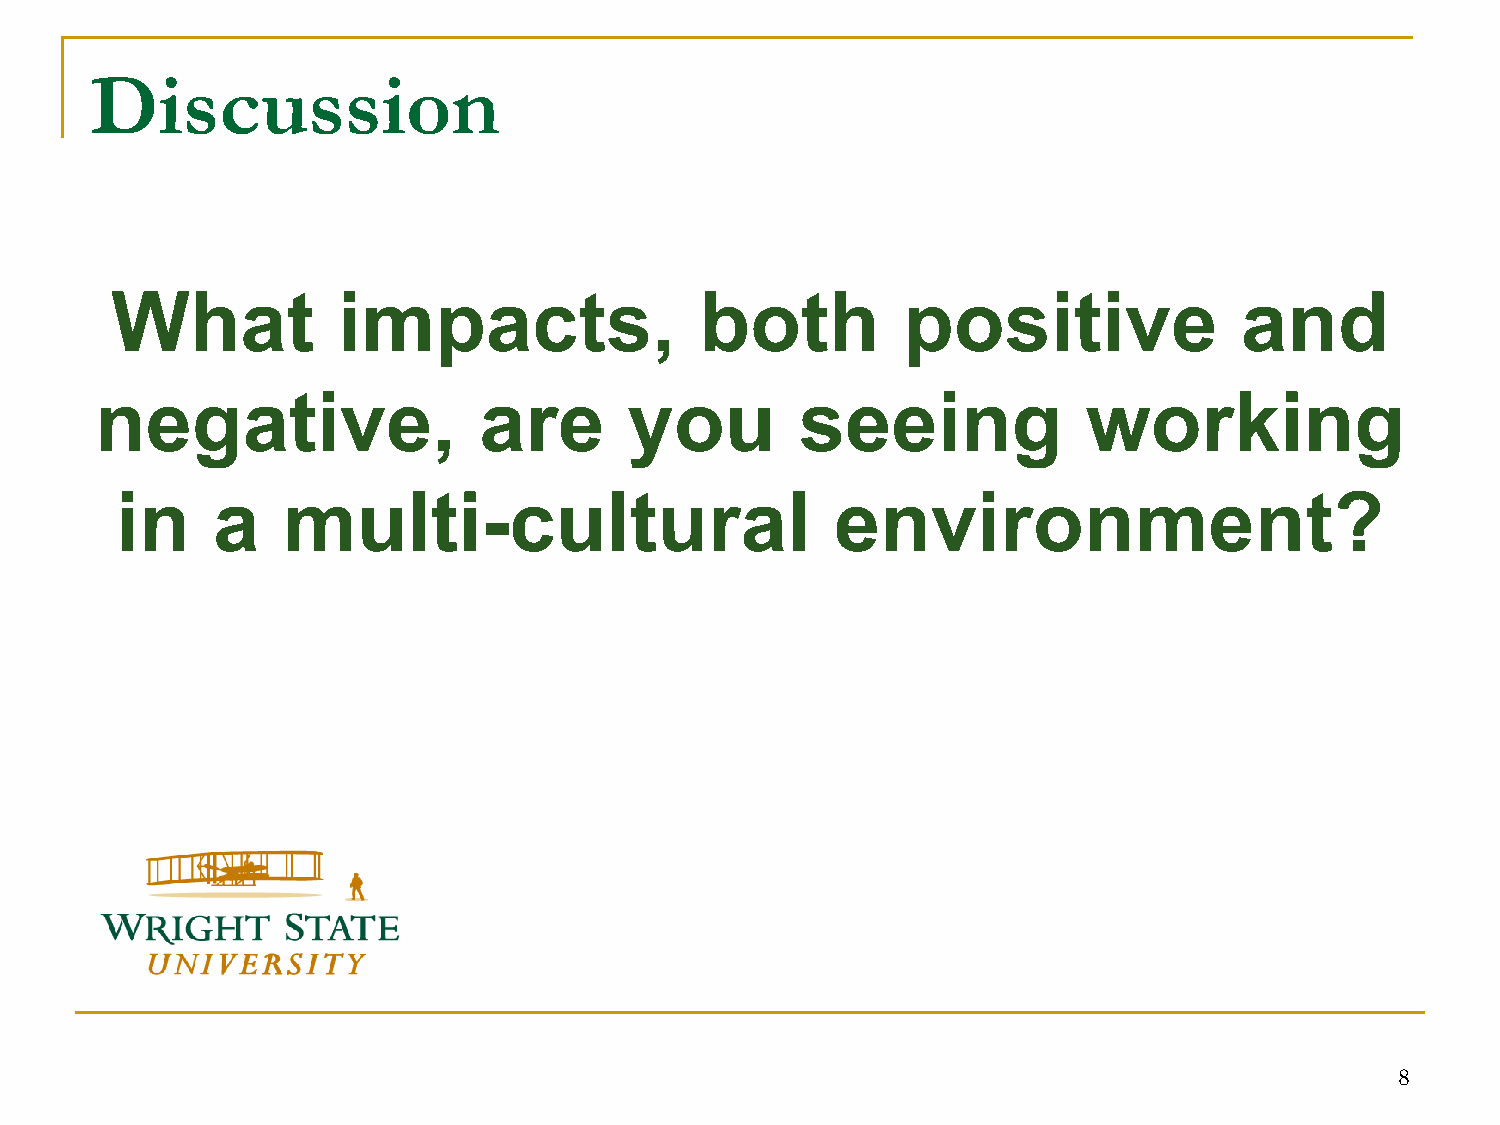
Discussion
 What           impacts,                both          positive              and
 negative,                 are       you        seeing             working
 in    a    multi-cultural                      environment?
 8